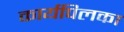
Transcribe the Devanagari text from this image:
कार्यपिलका